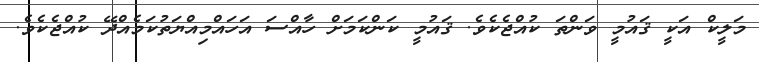
މަލީކް އަކީ ޤައުމީ ވަންތަ ކުއްޖެކެވެ. ޤައުމީ ކަންކަމަށް ހާއްސަ އަހައްމިއްޔަތުކަމެއްދޭ ކުއްޖެކެވެ.